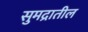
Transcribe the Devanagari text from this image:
सुमद्रातील